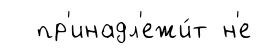
пр'инадл'ежи́т н'е